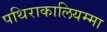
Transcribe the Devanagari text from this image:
पथिराकालियम्मा